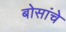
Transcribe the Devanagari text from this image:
बोसांचे